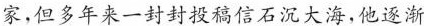
家,但多年来一封封投稿信石沉大海，他逐渐